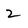
Character: 2